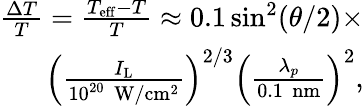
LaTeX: \begin{array}{r}{\frac{\Delta T}{T}=\frac{T_{\mathrm{eff}}-T}{T}\approx 0.1\sin^{2}(\theta/2)\times}\\ {\left(\frac{I_{\mathrm{L}}}{10^{20}\, \, \mathrm{W/cm^{2}}}\right)^{2/3}\left(\frac{\lambda_{p}}{0.1\, \, \mathrm{nm}}\right)^{2},}\end{array}